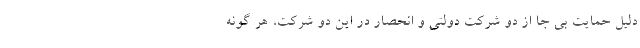
دلیل حمایت بی جا از دو شرکت دولتی و انحصار در این دو شرکت، هر گونه